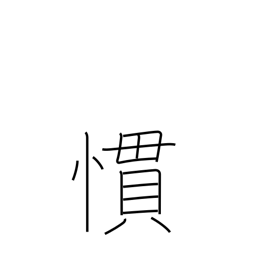
Meaning: accustomed